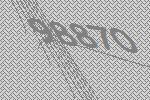
98870